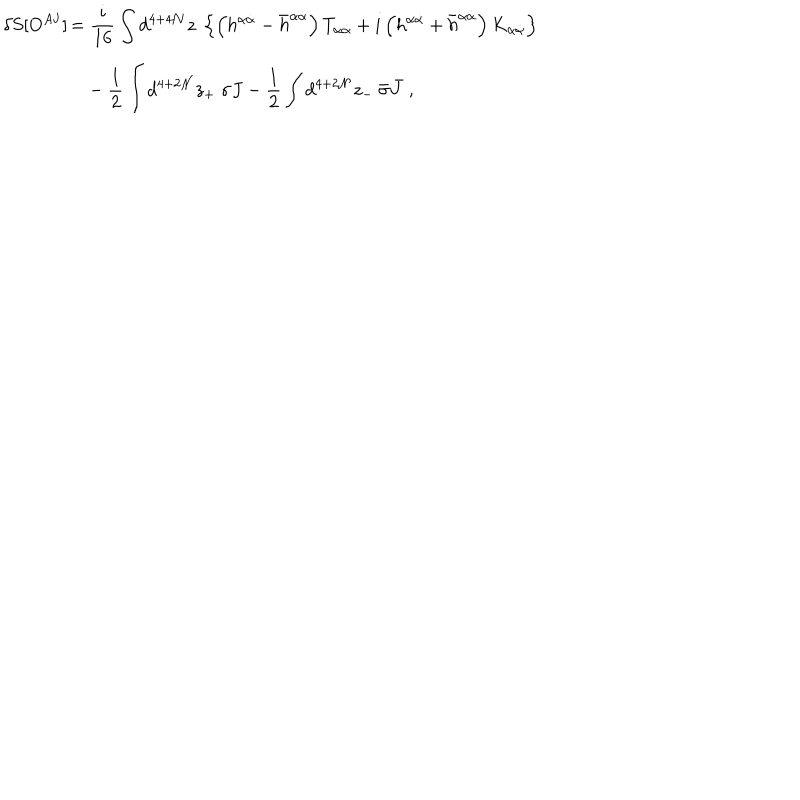
\delta S [ O ^ { A { \mathbf J } } ] \begin{array} { } { { t ] { l } \displaystyle = \frac { i } { 1 6 } \int d ^ { 4 + 4 { \mathcal N } } z \ \left\{ \left( h ^ { \alpha { \dot { \alpha } } } - { \bar { h } } ^ { \alpha { \dot { \alpha } } } \right) T _ { \alpha { \dot { \alpha } } } + i \left( h ^ { \alpha { \dot { \alpha } } } + { \bar { h } } ^ { \alpha { \dot { \alpha } } } \right) K _ { \alpha { \dot { \alpha } } } \right\} } } \\ { { \displaystyle \phantom { = } - \frac { 1 } { 2 } \int d ^ { 4 + 2 { \mathcal N } } z _ { + } \ \sigma J - \frac { 1 } { 2 } \int d ^ { 4 + 2 { \mathcal N } } z _ { - } \ { \bar { \sigma } } { \bar { J } } \ , } } \\ \end{array}